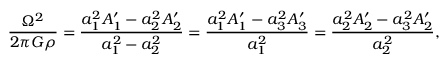
\frac { \Omega ^ { 2 } } { 2 \pi G \rho } = \frac { a _ { 1 } ^ { 2 } A _ { 1 } ^ { \prime } - a _ { 2 } ^ { 2 } A _ { 2 } ^ { \prime } } { a _ { 1 } ^ { 2 } - a _ { 2 } ^ { 2 } } = \frac { a _ { 1 } ^ { 2 } A _ { 1 } ^ { \prime } - a _ { 3 } ^ { 2 } A _ { 3 } ^ { \prime } } { a _ { 1 } ^ { 2 } } = \frac { a _ { 2 } ^ { 2 } A _ { 2 } ^ { \prime } - a _ { 3 } ^ { 2 } A _ { 2 } ^ { \prime } } { a _ { 2 } ^ { 2 } } ,